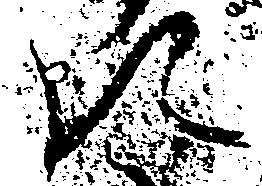
え